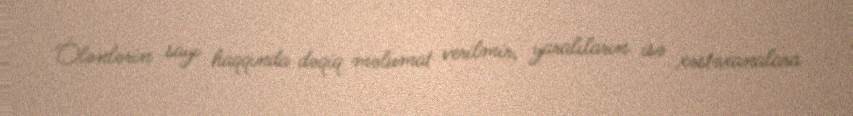
Ölənlərin sayı haqqında dəqiq məlumat verilmir, yaralıların isə xəstəxanalara